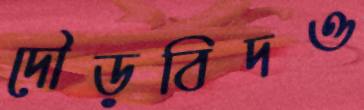
দৌড়বিদও